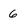
Character: 6